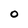
Character: 0